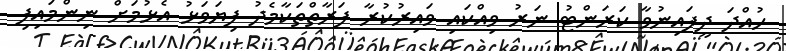
ހުއްދަ ދީފައިނުވާ ކަރަންޓު ނަރު ވިއްކައި ވައިރުކުރާ ފަރާތްތަކާމެދު ފިޔަވަޅު އެޅުމަށް ނިންމައިފި